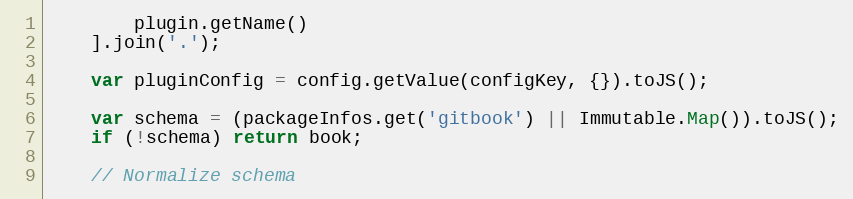
Language: JavaScript
        plugin.getName()
    ].join('.');

    var pluginConfig = config.getValue(configKey, {}).toJS();

    var schema = (packageInfos.get('gitbook') || Immutable.Map()).toJS();
    if (!schema) return book;

    // Normalize schema